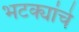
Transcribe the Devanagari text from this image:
भटक्यांचे